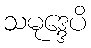
သမုဒ္ဒေပိ